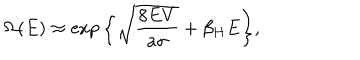
LaTeX: \Omega ( E ) \approx \exp { \left\{ \sqrt { \frac { 8 E V } { a \sigma } } + \beta _ { H } E \right\} } ,